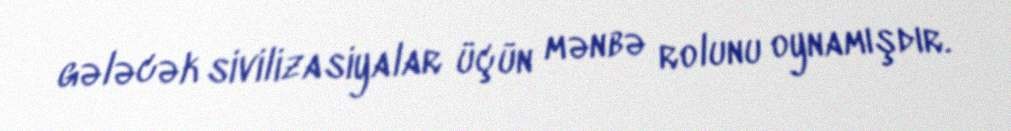
gələcək sivilizasiyalar üçün mənbə rolunu oynamışdır.